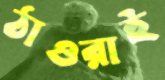
ঠাওরাই